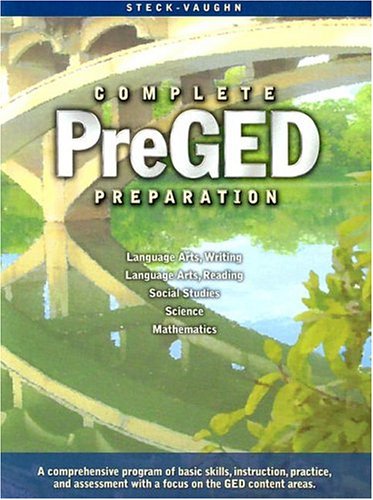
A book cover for Steck-Vaughn Pre-GED: Student Edition Complete Pre-GED Preparation 2004; STECK-VAUGHN; Test Preparation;